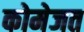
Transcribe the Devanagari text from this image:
कोमेजत